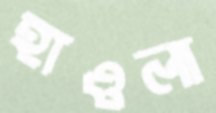
হাওলা